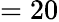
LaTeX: =20